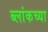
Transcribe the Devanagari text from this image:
ब्लांकच्या